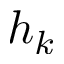
h _ { k }